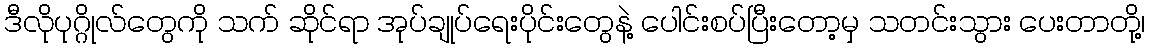
ဒီလိုပုဂ္ဂိုလ်တွေကို သက် ဆိုင်ရာ အုပ်ချုပ်ရေးပိုင်းတွေနဲ့ ပေါင်းစပ်ပြီးတော့မှ သတင်းသွား ပေးတာတို့၊